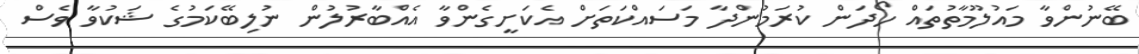
ބޭނުންވާ މައުލޫމާތުތައް ހޯދަން ކުރަމުންދާ މަސައްކަތަށް އެކަށީގެންވާ އެއްބާރުލުން ނުލިބޭކަމުގެ ޝަކުވާ ވެސް